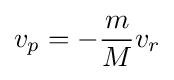
v_{p}=-{\frac {m}{M}}v_{r}